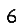
Digit: 6